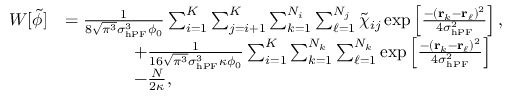
\begin{array} { r l } { W [ \tilde { \phi } ] } & { = \frac { 1 } { 8 \sqrt { \pi ^ { 3 } } \sigma _ { \mathrm { h P F } } ^ { 3 } \phi _ { 0 } } \sum _ { i = 1 } ^ { K } \sum _ { j = i + 1 } ^ { K } \sum _ { k = 1 } ^ { N _ { i } } \sum _ { \ell = 1 } ^ { N _ { j } } \tilde { \chi } _ { i j } \exp \left[ \frac { - ( \mathbf { r } _ { k } - \mathbf { r } _ { \ell } ) ^ { 2 } } { 4 \sigma _ { \mathrm { h P F } } ^ { 2 } } \right] , } \\ & { \qquad \qquad + \frac { 1 } { 1 6 \sqrt { \pi ^ { 3 } } \sigma _ { \mathrm { h P F } } ^ { 3 } \kappa \phi _ { 0 } } \sum _ { i = 1 } ^ { K } \sum _ { k = 1 } ^ { N _ { k } } \sum _ { \ell = 1 } ^ { N _ { k } } \exp \left[ \frac { - ( \mathbf { r } _ { k } - \mathbf { r } _ { \ell } ) ^ { 2 } } { 4 \sigma _ { \mathrm { h P F } } ^ { 2 } } \right] } \\ & { \qquad \qquad - \frac { N } { 2 \kappa } , } \end{array}